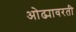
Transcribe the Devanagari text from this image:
ओढ्यावरती